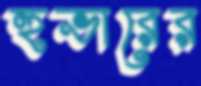
হুভারের